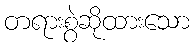
တရားစွဲဆိုထားသော